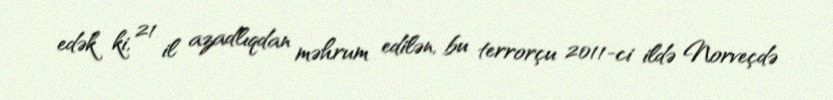
edək ki, 21 il azadlıqdan məhrum edilən, bu terrorçu 2011-ci ildə Norveçdə